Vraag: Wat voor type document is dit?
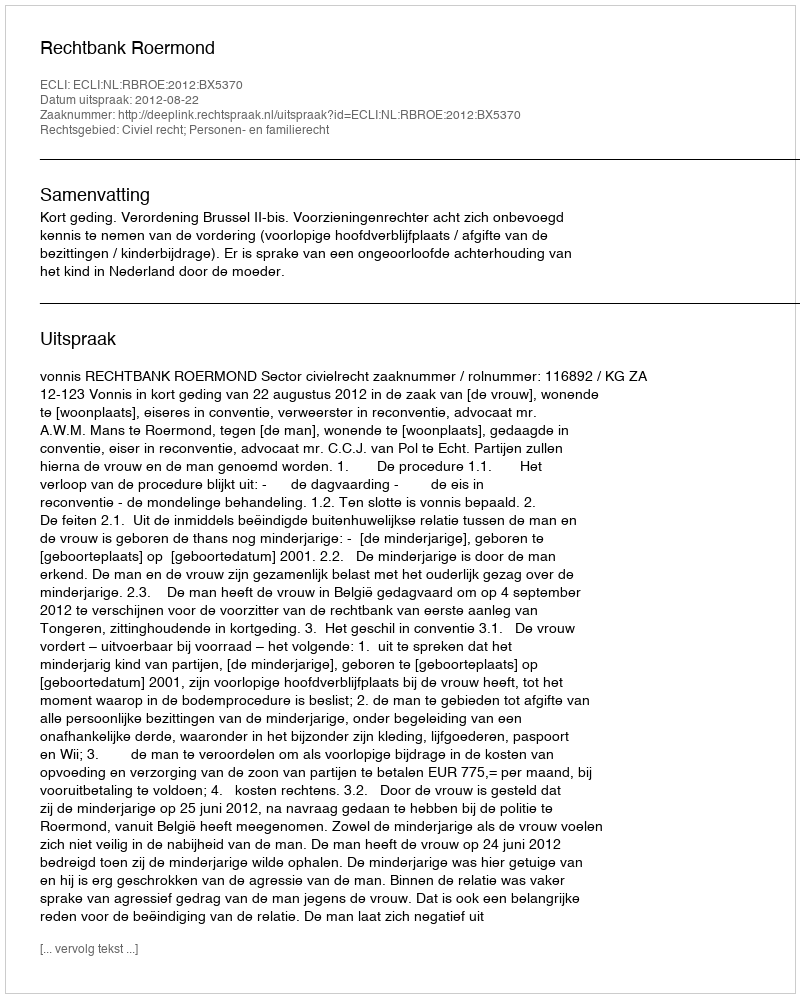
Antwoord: Uitspraak